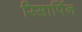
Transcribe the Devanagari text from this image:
रिसार्पिन